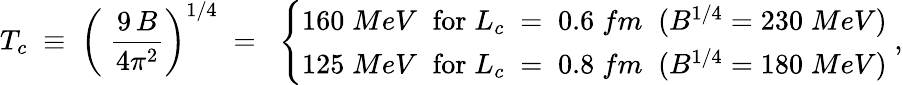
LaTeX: T_{c}\; \equiv\; \left(\; \frac{9\, B}{4\pi^{2}}\right)^{1/4}\; =\; \; \left\{ \begin{array}{c}{{160\; MeV\; \; \mathrm{for}\; L_{c}\; =\; 0.6\; fm\; \; (B^{1/4}=230\; MeV)}}\\ {{125\; MeV\; \; \mathrm{for}\; L_{c}\; =\; 0.8\; fm\; \; (B^{1/4}=180\; MeV)}}\end{array}\right.\; ,